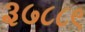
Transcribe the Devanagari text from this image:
३७८८९